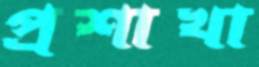
প্রশাখা